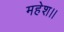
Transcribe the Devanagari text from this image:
महेश।।